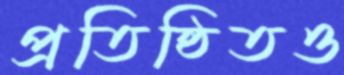
প্রতিষ্ঠিতও